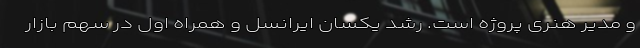
و مدیر هنری پروژه است. رشد یکسان ایرانسل و همراه اول در سهم بازار